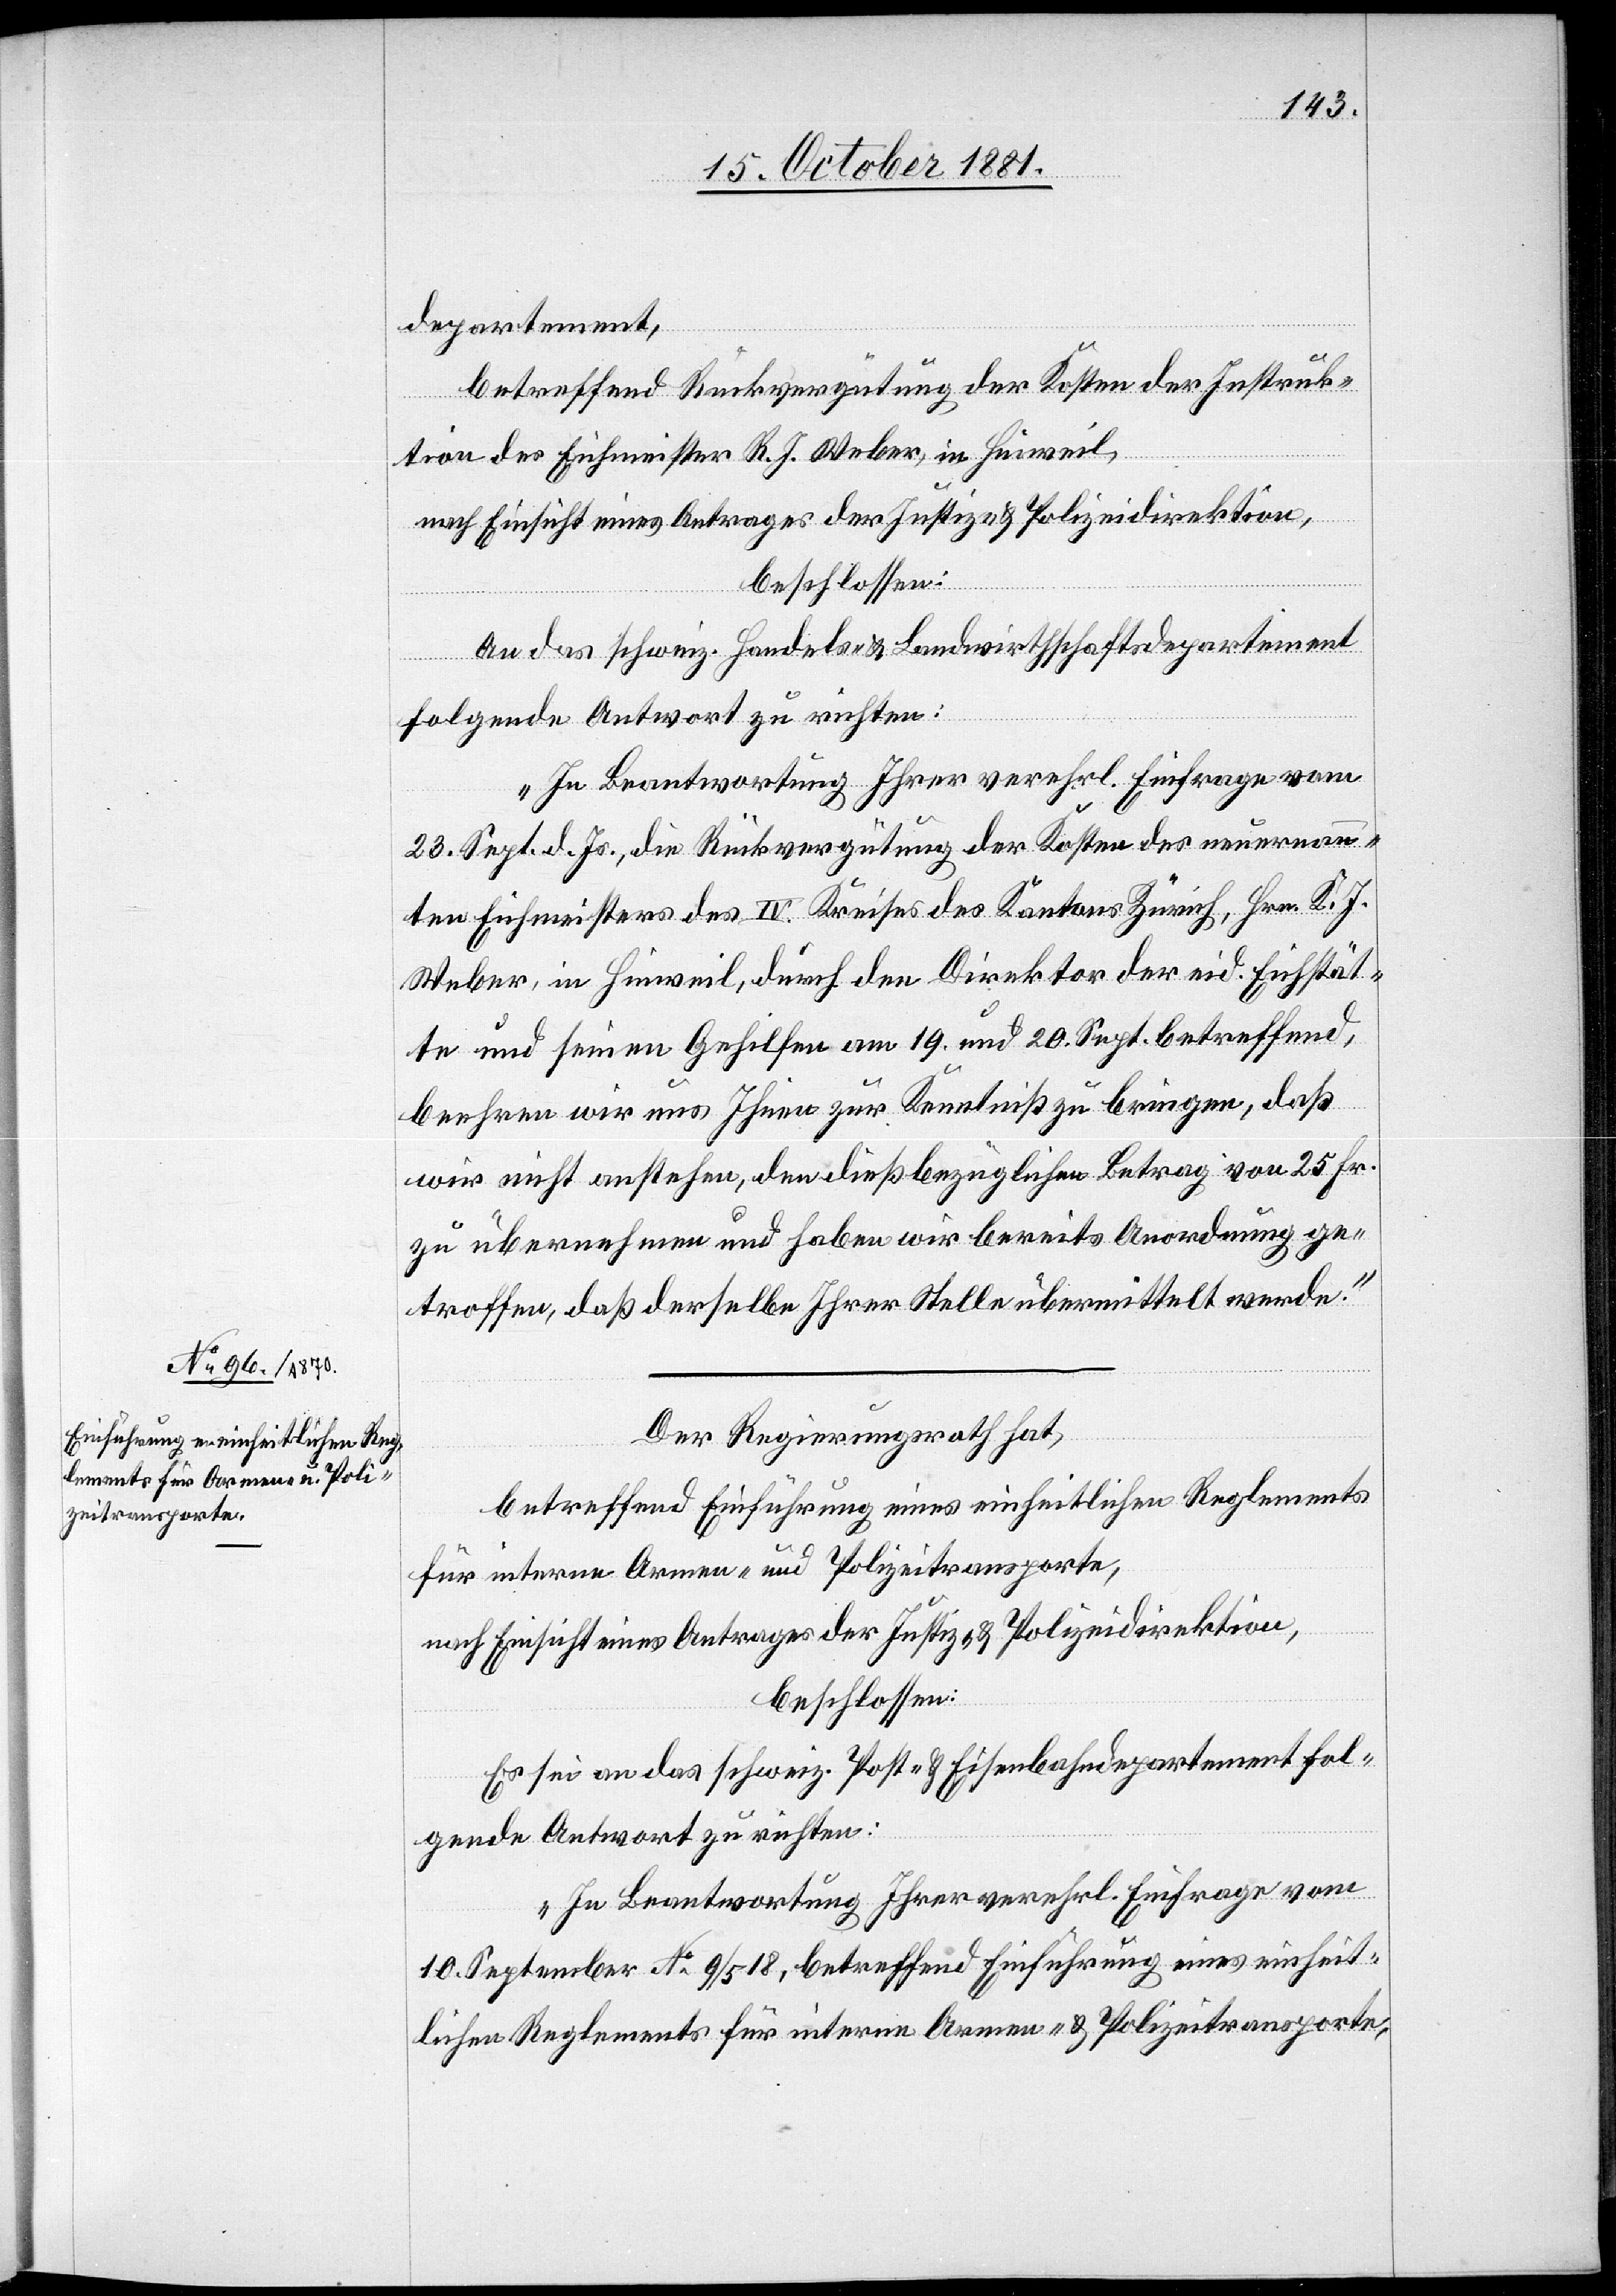
departement,
betreffend Rückvergütung der Kosten der Instruk¬
tion des Eichmeister R. J. Weber, in Hinweil,
nach Einsicht eines Antrages des Justiz- & Polizeidirektion,
beschlossen:
An das schweiz. Handels- & Landwirthschaftsdepartement
folgende Antwort zu richten:
„In Beantwortung Ihrer verehrl. Einfrage vom
23. Sept. d. Js., die Rückvergütung der Kosten des neuernann¬
ten Eichmeisters des IV. Kreises des Kantons Zürich, Hrn. K. J.
Weber, in Hinweil, durch den Direktor der eid. Eichstät¬
te und seinen Gehilfen am 19. und 20. Sept. betreffend,
beehren wir uns Ihnen zur Kenntniß zu bringen, daß
wir nicht anstehen, den dießbezüglichen Betrag von 25 Fr.
zu übernehmen und haben wir bereits Anordnung ge¬
troffen, daß derselbe Ihrer Stelle übermittelt werde.
Der Regierungsrath hat,
betreffend Einführung eines einheitlichen Reglements
für interne Armen- und Polizeitransporte,
nach Einsicht eines Antrages der Justiz- & Polizeidirektion,
beschlossen:
Es sei an das schweiz. Post- & Eisenbahndepartement fol¬
gende Antwort zu richten:
„In Beantwortung Ihrer verehrl. Einfrage vom
10. September No 9/518, betreffend Einführung eines einheit¬
lichen Reglements für interne Armen- & Polizeitransporte,